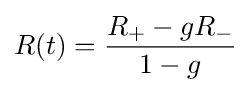
R(t)={\frac {R_{+}-gR_{-}}{1-g}}